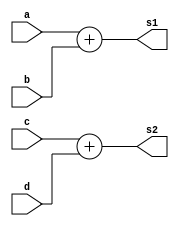
module adder_4_assign_signed (a, b, c, d, s1, s2);
input signed [3:0] a, b;
input [3:0] c, d;
output signed [4:0] s1, s2;

assign s1 = a + b;
assign s2 = $signed(c) + $signed(d);

endmodule // adder_4_assign_signed